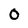
Character: O